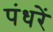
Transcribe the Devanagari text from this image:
पंधरें